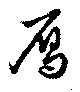
鴈